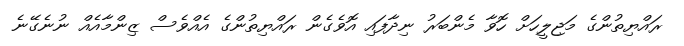
ރައްޔިތުންގެ މަޖިލީހަށް ހޮވާ މެންބަރު ނިދާފައި އޮވެގެން ރައްޔިތުންގެ އެއްވެސް ޒިންމާއެއް ނުނެގޭނެ